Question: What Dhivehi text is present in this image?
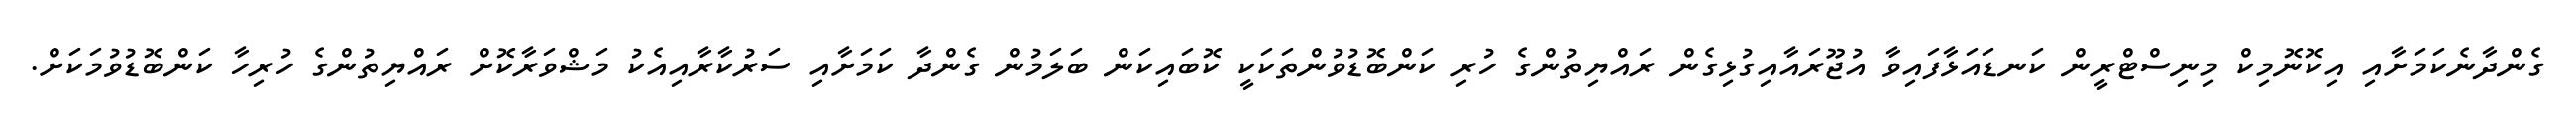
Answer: ގެންދާނެކަމަށާއި އިކޮނޮމިކް މިނިސްޓްރީން ކަނޑައަޅާފައިވާ އުޖޫރައާއިގުޅިގެން ރައްޔިތުންގެ ހުރި ކަންބޮޑުވުންތަކަކީ ކޮބައިކަން ބަލަމުން ގެންދާ ކަމަށާއި ސަރުކާރާއިއެކު މަޝްވަރާކޮށް ރައްޔިތުންގެ ހުރިހާ ކަންބޮޑުވުމަކަށް.